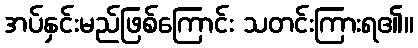
အပ်နှင်းမည်ဖြစ်ကြောင်း သတင်းကြားရ၏။